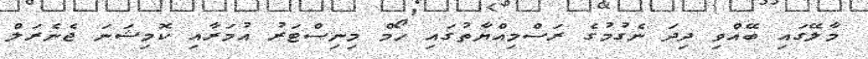
މާލޭގައި ބޭއްވި ދިދަ ނެގުމުގެ ރަސްމިއްޔާތުގައި ހޯމް މިނިސްޓަރު އުމަރާއި ކޮމިޝަނަ ޖެނެރަލް